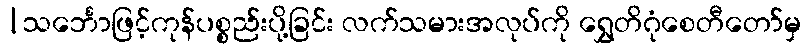
|သင်္ဘောဖြင့်ကုန်ပစ္စည်းပို့ခြင်း လက်သမားအလုပ်ကို ရွှေတိဂုံစေတီတော်မှ